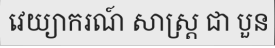
វេយ្យាករណ៍ សាស្ត្រ ជា បួន